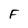
Character: F